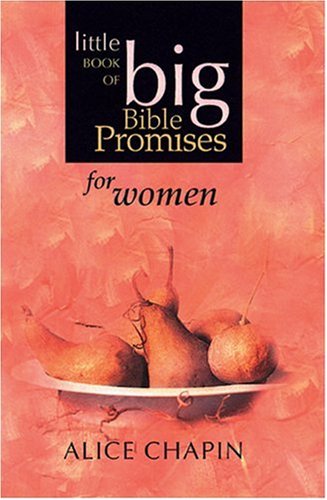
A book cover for The Little Book of Big Bible Promises for Women; Alice Chapin; Christian Books & Bibles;